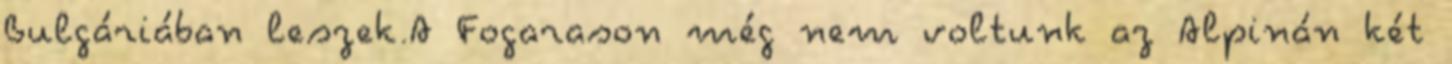
Bulgáriában leszek.A Fogarason még nem voltunk az Alpinán két